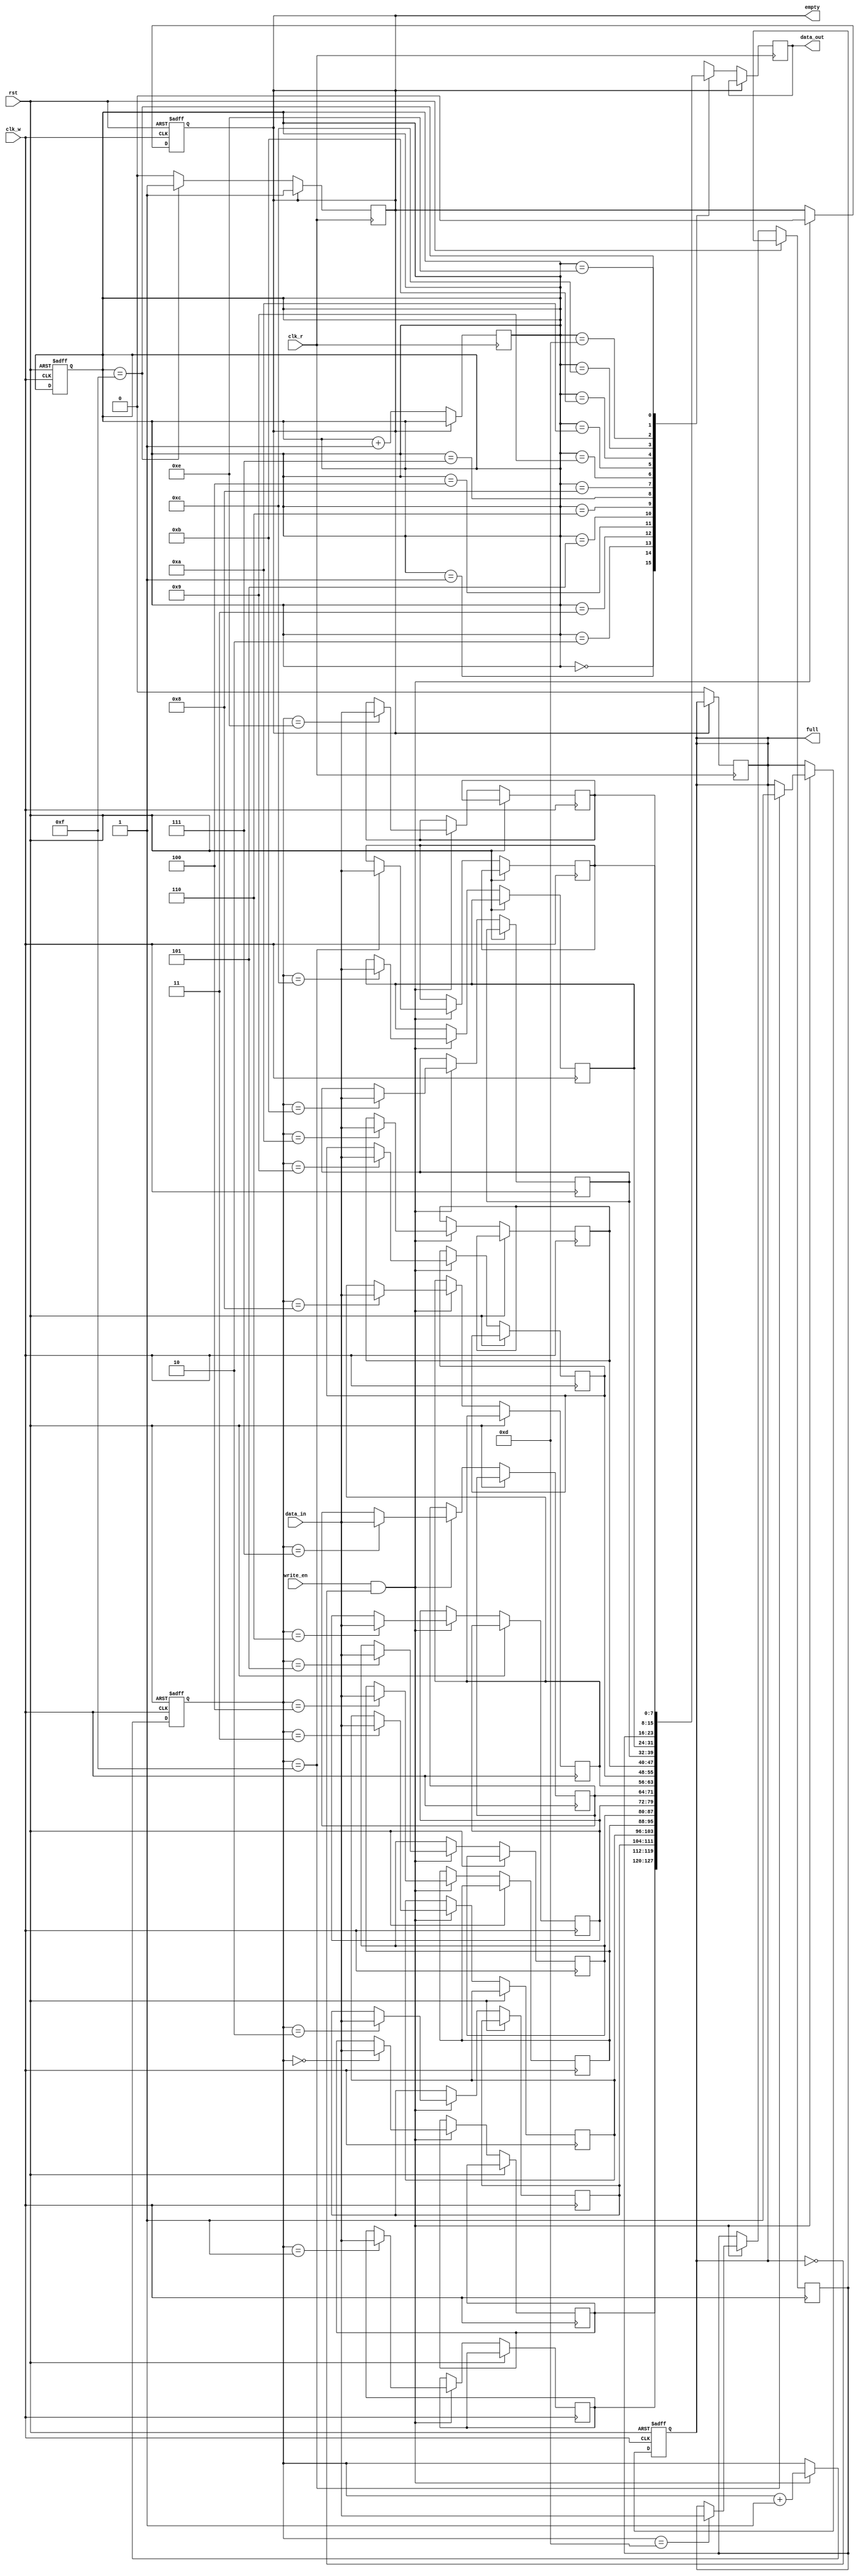
module fifo_buffer(
    input wire clk_w,
    input wire rst,
    input wire write_en,
    input wire [7:0] data_in,
    output wire full,
    output wire empty,
    output reg [7:0] data_out,
    input wire clk_r
);

parameter DEPTH = 16;
parameter WIDTH = 8;

reg [7:0] fifo [0:DEPTH-1];
reg [3:0] write_ptr = 0;
reg [3:0] read_ptr = 0;

always @(posedge clk_w or posedge rst) begin
    if (rst) begin
        write_ptr <= 0;
        read_ptr <= 0;
        full <= 0;
        empty <= 1;
    end else begin
        if (write_en && ~full) begin
            fifo[write_ptr] <= data_in;
            write_ptr <= write_ptr + 1;
            if (write_ptr == DEPTH-1) begin
                full <= 1;
            end
            empty <= 0;
        end
    end
end

always @(posedge clk_r) begin
    if (~empty) begin
        data_out <= fifo[read_ptr];
        read_ptr <= read_ptr + 1;
        if (read_ptr == DEPTH-1) begin
            empty <= 1;
        end
        full <= 0;
    end
end

endmodule